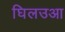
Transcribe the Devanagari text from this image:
घिलउआ